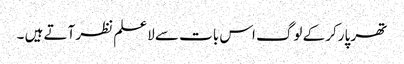
تھر پارکر کے لوگ اس بات سے لاعلم نظر آتے ہیں ۔